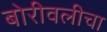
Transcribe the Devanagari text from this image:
बोरीवलीचा